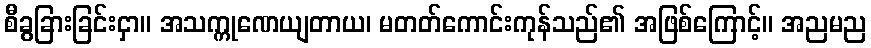
စီခွခြားခြင်းငှာ။ အသက္ကုဏေယျတာယ၊ မတတ်ကောင်းကုန်သည်၏ အဖြစ်ကြောင့်။ အညမည